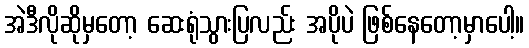
အဲဒီလိုဆိုမှတော့ ဆေးရုံသွားပြလည်း အပိုပဲ ဖြစ်နေတော့မှာပေါ့။